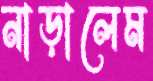
নাড়ালেম